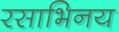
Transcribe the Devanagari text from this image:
रसाभिनय